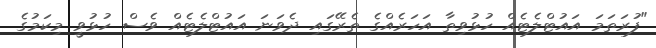
"ފުރަތަމަ އައުޓްލެޓެއް ހުޅުވިތާ އަހަރެއްގެ ތެރޭގައި ދެވަނަ އައުޓްލެޓެއް ވެސް ހުޅުވީ މިކަމުގެ